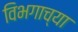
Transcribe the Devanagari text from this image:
विभगाच्या